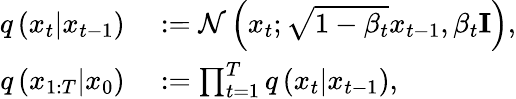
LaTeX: \begin{array}{rl}{q\left(x_{t}|x_{t-1}\right)}&{{}:=\mathcal{N}\left(x_{t};\sqrt{1-\beta_{t}}x_{t-1},\beta_{t}\mathbf{I}\right),}\\ {q\left(x_{1:T}|x_{0}\right)}&{{}:=\prod_{t=1}^{T}q\left(x_{t}|x_{t-1}\right),}\end{array}